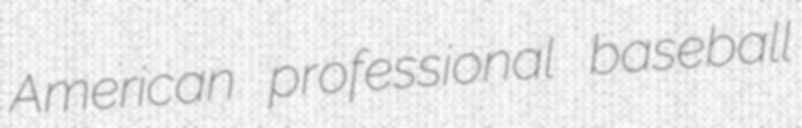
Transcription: American professional baseball